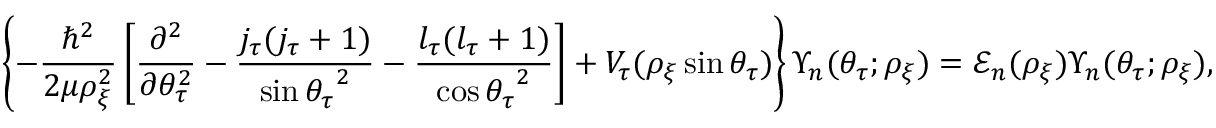
\left\{ - \frac { \hbar ^ { 2 } } { 2 \mu \rho _ { \xi } ^ { 2 } } \left[ \frac { \partial ^ { 2 } } { \partial \theta _ { \tau } ^ { 2 } } - \frac { j _ { \tau } ( j _ { \tau } + 1 ) } { \sin { \theta _ { \tau } } ^ { 2 } } - \frac { l _ { \tau } ( l _ { \tau } + 1 ) } { \cos { \theta _ { \tau } } ^ { 2 } } \right] + V _ { \tau } ( \rho _ { \xi } \sin { \theta _ { \tau } } ) \right\} \Upsilon _ { n } ( \theta _ { \tau } ; \rho _ { \xi } ) = \mathcal { E } _ { n } ( \rho _ { \xi } ) \Upsilon _ { n } ( \theta _ { \tau } ; \rho _ { \xi } ) ,